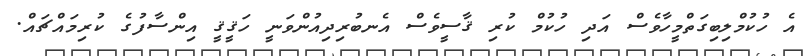
އެ ހުކުމްލިބިގަތްމީހާވެސް އަދި ހުކުމް ކުރި ޤާސީވެސް އެނބުރިދިއުންވަނީ ހަޤީޤީ އިންސާފުގެ ކުރިމައްޗައް.